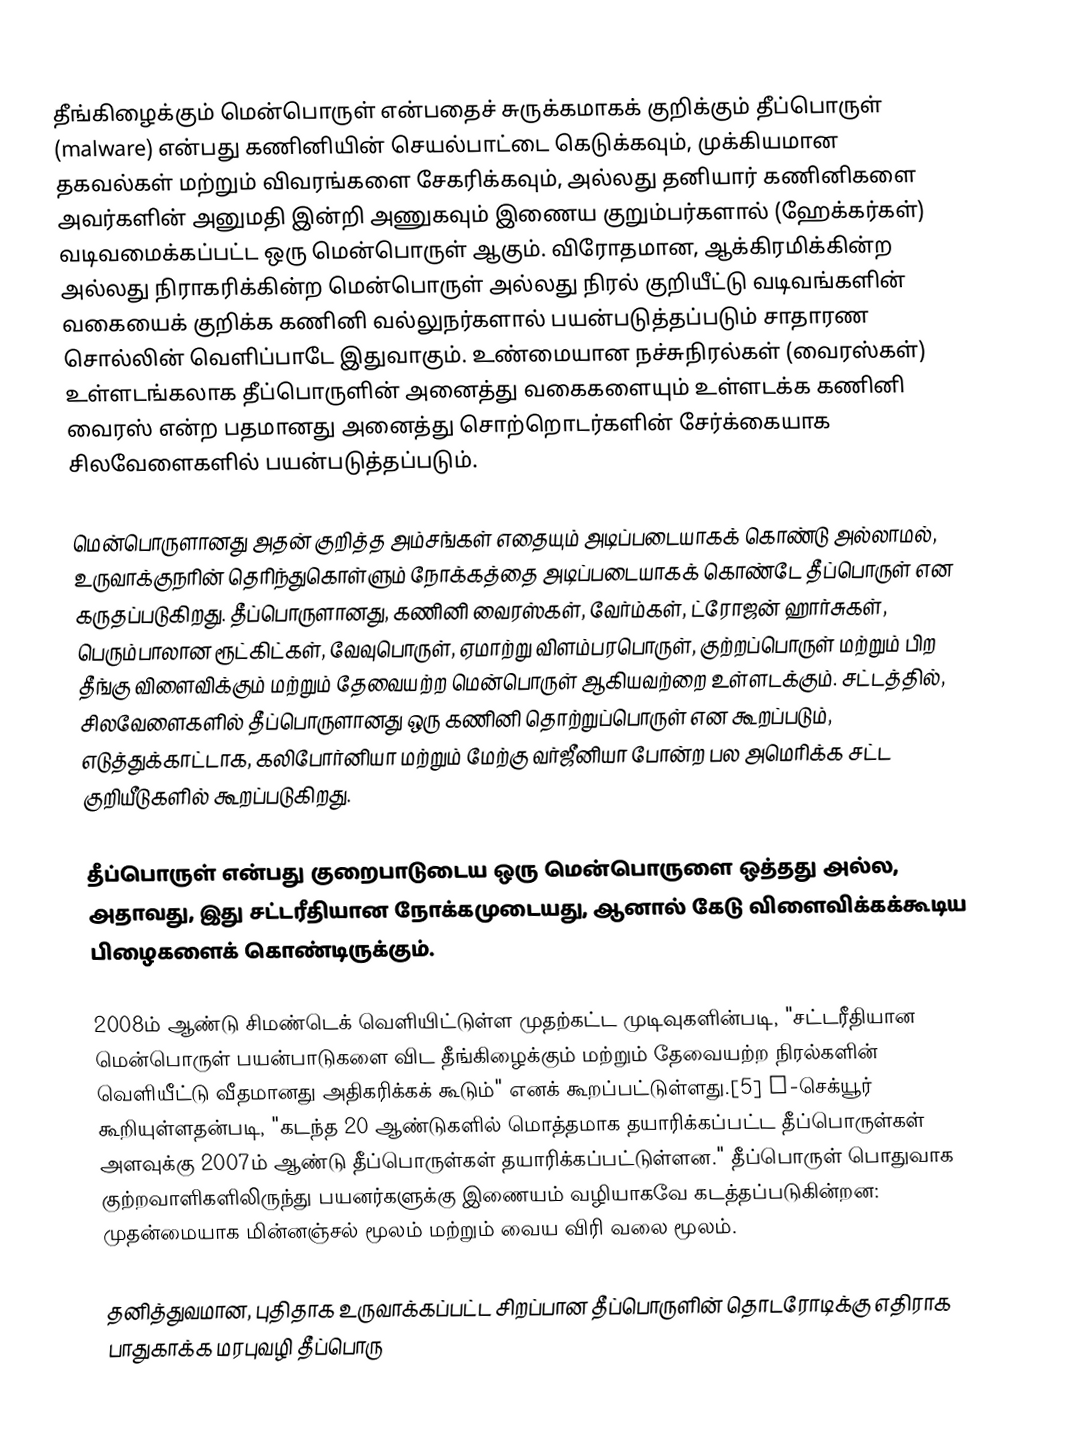
தீங்கிழைக்கும் மென்பொருள்  என்பதைச் சுருக்கமாகக் குறிக்கும்  தீப்பொருள்  (malware) என்பது கணினியின் செயல்பாட்டை கெடுக்கவும், முக்கியமான தகவல்கள் மற்றும் விவரங்களை சேகரிக்கவும், அல்லது தனியார் கணினிகளை அவர்களின் அனுமதி இன்றி அணுகவும் இணைய குறும்பர்களால் (ஹேக்கர்கள்) வடிவமைக்கப்பட்ட  ஒரு மென்பொருள் ஆகும். விரோதமான, ஆக்கிரமிக்கின்ற அல்லது நிராகரிக்கின்ற மென்பொருள் அல்லது நிரல் குறியீட்டு வடிவங்களின் வகையைக் குறிக்க கணினி வல்லுநர்களால் பயன்படுத்தப்படும் சாதாரண சொல்லின் வெளிப்பாடே இதுவாகும். உண்மையான நச்சுநிரல்கள் (வைரஸ்கள்) உள்ளடங்கலாக தீப்பொருளின் அனைத்து வகைகளையும் உள்ளடக்க கணினி வைரஸ் என்ற பதமானது அனைத்து சொற்றொடர்களின் சேர்க்கையாக சிலவேளைகளில் பயன்படுத்தப்படும்.

மென்பொருளானது அதன் குறித்த அம்சங்கள் எதையும் அடிப்படையாகக் கொண்டு அல்லாமல், உருவாக்குநரின் தெரிந்துகொள்ளும் நோக்கத்தை அடிப்படையாகக் கொண்டே தீப்பொருள் என கருதப்படுகிறது. தீப்பொருளானது, கணினி வைரஸ்கள், வேர்ம்கள், ட்ரோஜன் ஹார்சுகள், பெரும்பாலான ரூட்கிட்கள், வேவுபொருள், ஏமாற்று விளம்பரபொருள், குற்றப்பொருள் மற்றும் பிற தீங்கு விளைவிக்கும் மற்றும் தேவையற்ற மென்பொருள் ஆகியவற்றை உள்ளடக்கும். சட்டத்தில், சிலவேளைகளில் தீப்பொருளானது ஒரு கணினி தொற்றுப்பொருள் என கூறப்படும், எடுத்துக்காட்டாக, கலிபோர்னியா மற்றும் மேற்கு வர்ஜீனியா போன்ற பல அமெரிக்க சட்ட குறியீடுகளில் கூறப்படுகிறது.

தீப்பொருள் என்பது குறைபாடுடைய ஒரு மென்பொருளை ஒத்தது அல்ல, அதாவது, இது சட்டரீதியான நோக்கமுடையது, ஆனால் கேடு விளைவிக்கக்கூடிய பிழைகளைக் கொண்டிருக்கும்.

2008ம் ஆண்டு சிமண்டெக் வெளியிட்டுள்ள முதற்கட்ட முடிவுகளின்படி, "சட்டரீதியான மென்பொருள் பயன்பாடுகளை விட தீங்கிழைக்கும் மற்றும் தேவையற்ற நிரல்களின் வெளியீட்டு வீதமானது அதிகரிக்கக் கூடும்" எனக் கூறப்பட்டுள்ளது.[5] F-செக்யூர் கூறியுள்ளதன்படி, "கடந்த 20 ஆண்டுகளில் மொத்தமாக தயாரிக்கப்பட்ட தீப்பொருள்கள் அளவுக்கு 2007ம் ஆண்டு தீப்பொருள்கள் தயாரிக்கப்பட்டுள்ளன." தீப்பொருள் பொதுவாக குற்றவாளிகளிலிருந்து பயனர்களுக்கு இணையம் வழியாகவே கடத்தப்படுகின்றன: முதன்மையாக மின்னஞ்சல் மூலம் மற்றும் வைய விரி வலை மூலம்.

தனித்துவமான, புதிதாக உருவாக்கப்பட்ட சிறப்பான தீப்பொருளின் தொடரோடிக்கு எதிராக பாதுகாக்க மரபுவழி தீப்பொரு